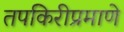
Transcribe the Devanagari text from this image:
तपकिरीप्रमाणे